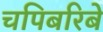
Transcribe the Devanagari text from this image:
चपिबरिबे